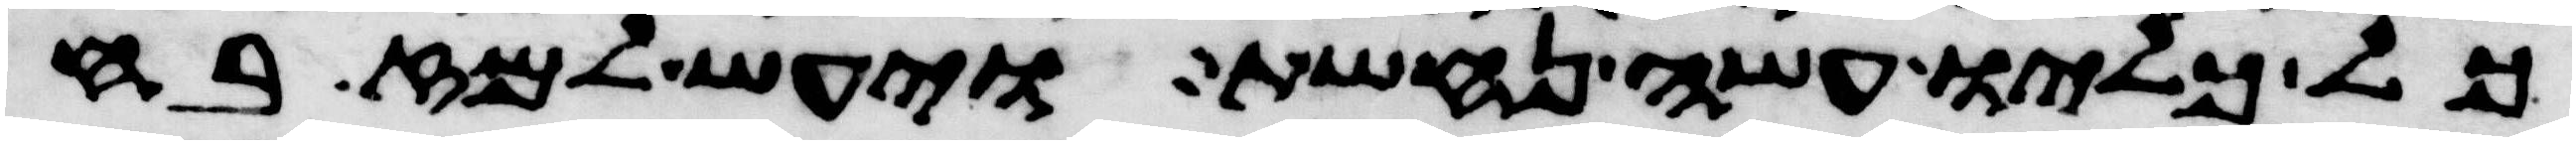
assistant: כל כליו עשה נחשת ויעש למזבח